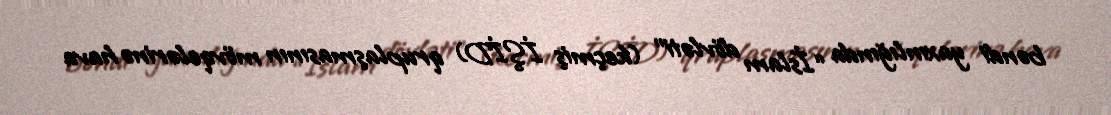
bəndi yaxınlığında “İslam dövləti” (keçmiş İŞİD) qruplaşmasının mövqelərinə hava